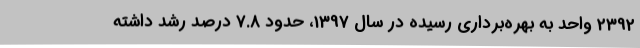
2392 واحد به بهره‌برداری رسیده در سال 1397، حدود 7.8 درصد رشد داشته